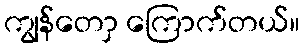
ကျွန်တောှ ကြောက်တယ်။